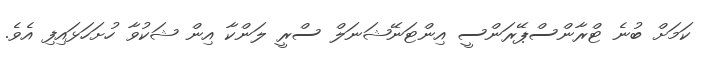
ކަމަށް ބުނެ ޓްރާންސްޕޭރަންސީ އިންޓަނޭޝަނަލް ސްރީ ލަންކާ އިން ޝަކުވާ ހުށަހަޅައިފި އެވެ.